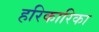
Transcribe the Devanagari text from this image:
हरिकारिका